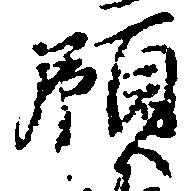
領